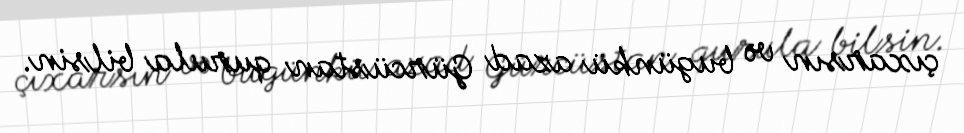
çıxarsın və bugünkü azad Gürcüstan qurula bilsin.